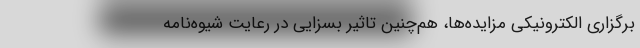
برگزاری الکترونیکی مزایده‌ها،‌ هم‌چنین تاثیر بسزایی در رعایت شیوه‌نامه